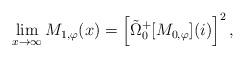
LaTeX: \begin{align*}\lim\limits_{x \rightarrow \infty} M_{1,\varphi}(x) = \left[\tilde{\Omega}_{0}^{+}[M_{0,\varphi}](i)\right]^2,\end{align*}